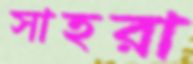
সাহরা